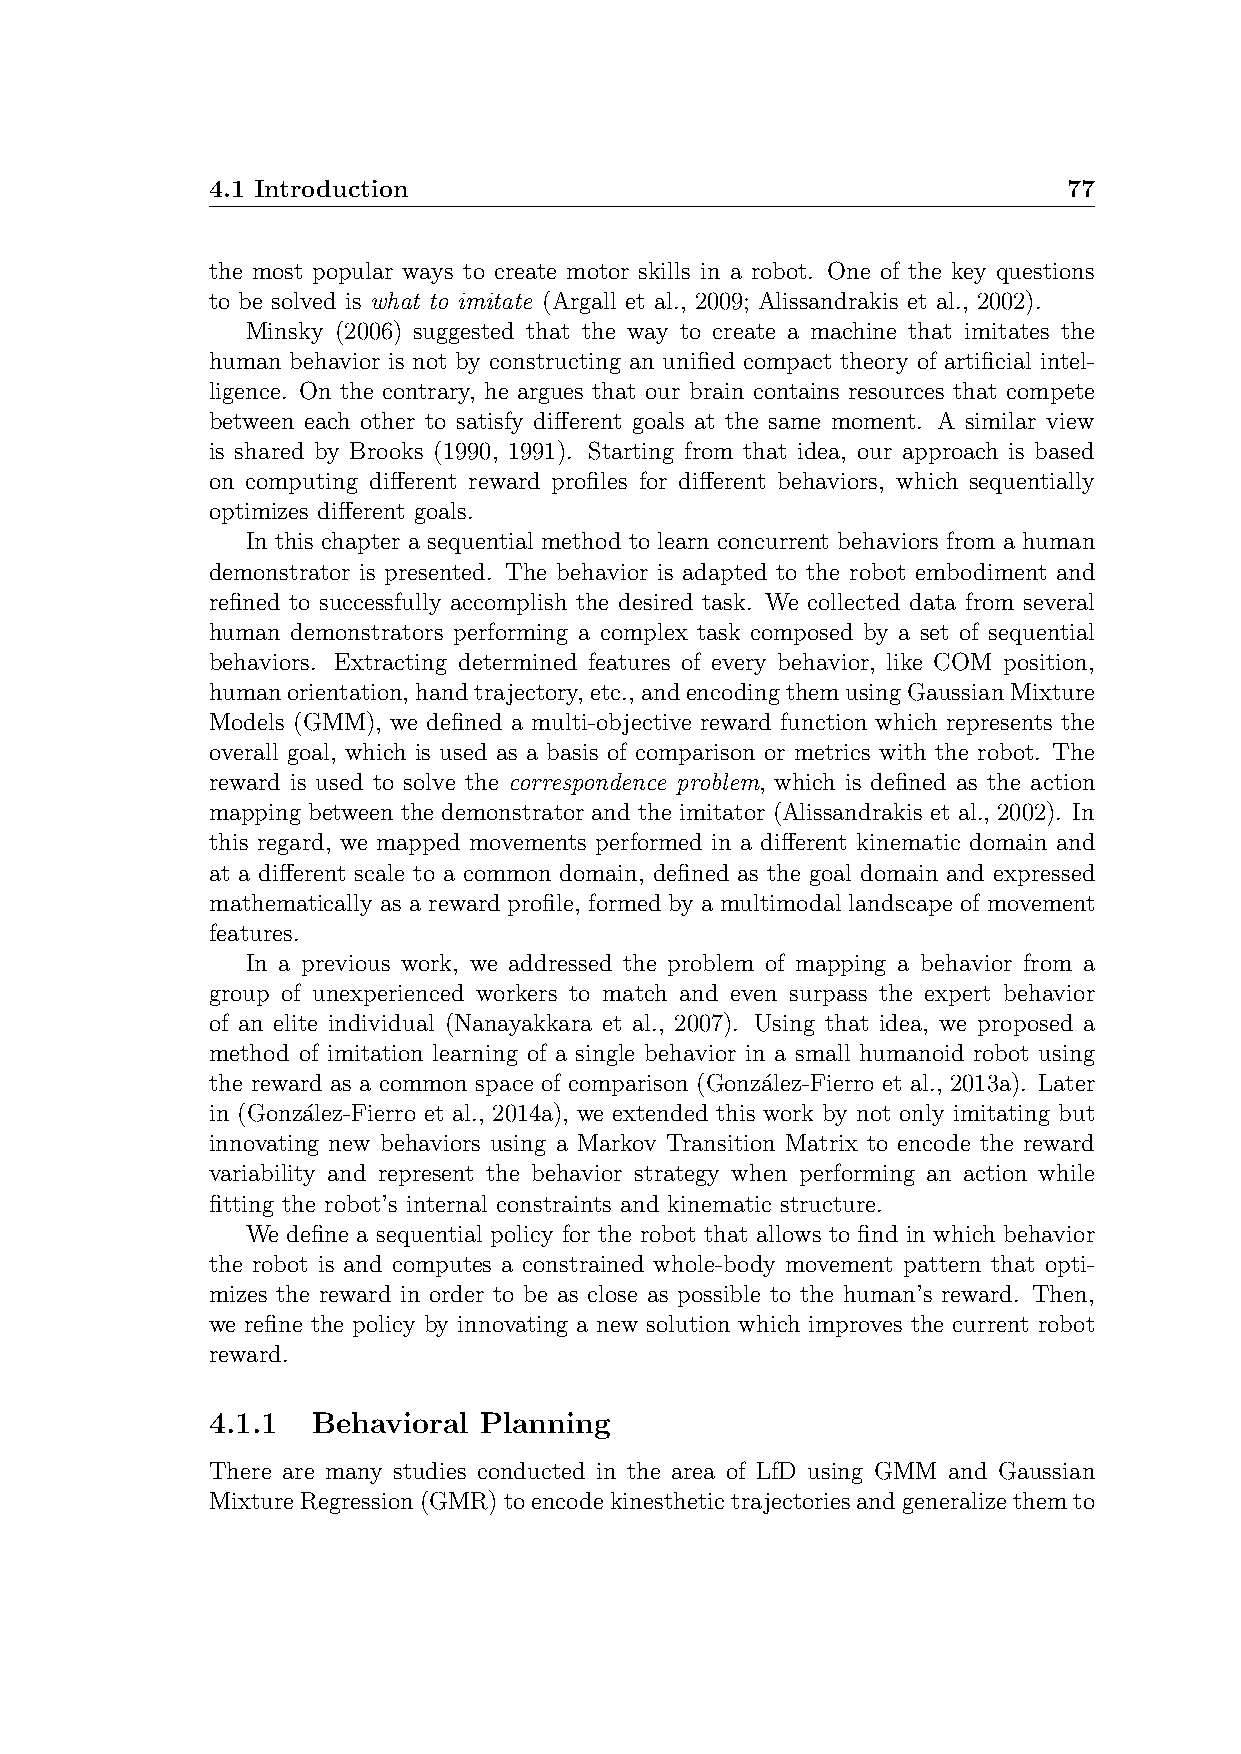
4.1 Introduction                                         77
 the most popular ways to create motor skills in a robot. One of the key questions
 to be solved is what to imitate (Argall et al., 2009; Alissandrakis et al., 2002).
 Minsky (2006) suggested that the way to create a machine that imitates the
 human behavior is not by constructing an unified compact theory of artificial intel-
 ligence. On the contrary, he argues that our brain contains resources that compete
 between each other to satisfy different goals at the same moment. A similar view
 is shared by Brooks (1990, 1991). Starting from that idea, our approach is based
 on computing different reward profiles for different behaviors, which sequentially
 optimizes different goals.
 In this chapter a sequential method to learn concurrent behaviors from a human
 demonstrator is presented. The behavior is adapted to the robot embodiment and
 refined to successfully accomplish the desired task. We collected data from several
 human demonstrators performing a complex task composed by a set of sequential
 behaviors. Extracting determined features of every behavior, like COM position,
 humanorientation,handtrajectory,etc.,andencodingthemusingGaussianMixture
 Models (GMM), we defined a multi-objective reward function which represents the
 overall goal, which is used as a basis of comparison or metrics with the robot. The
 reward is used to solve the correspondence problem, which is defined as the action
 mapping between the demonstrator and the imitator (Alissandrakis et al., 2002). In
 this regard, we mapped movements performed in a different kinematic domain and
 at a different scale to a common domain, defined as the goal domain and expressed
 mathematically as a reward profile, formed by a multimodal landscape of movement
 features.
 In a previous work, we addressed the problem of mapping a behavior from a
 group of unexperienced workers to match and even surpass the expert behavior
 of an elite individual (Nanayakkara et al., 2007). Using that idea, we proposed a
 method of imitation learning of a single behavior in a small humanoid robot using
 the reward as a common space of comparison (Gonza´lez-Fierro et al., 2013a). Later
 in (Gonza´lez-Fierro et al., 2014a), we extended this work by not only imitating but
 innovating new behaviors using a Markov Transition Matrix to encode the reward
 variability and represent the behavior strategy when performing an action while
 fitting the robot’s internal constraints and kinematic structure.
 We define a sequential policy for the robot that allows to find in which behavior
 the robot is and computes a constrained whole-body movement pattern that opti-
 mizes the reward in order to be as close as possible to the human’s reward. Then,
 we refine the policy by innovating a new solution which improves the current robot
 reward.
 4.1.1  Behavioral Planning
 There are many studies conducted in the area of LfD using GMM and Gaussian
 MixtureRegression(GMR)toencodekinesthetictrajectoriesandgeneralizethemto